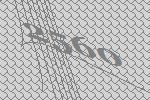
2560